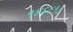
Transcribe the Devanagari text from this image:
१४६८१८